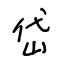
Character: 岱